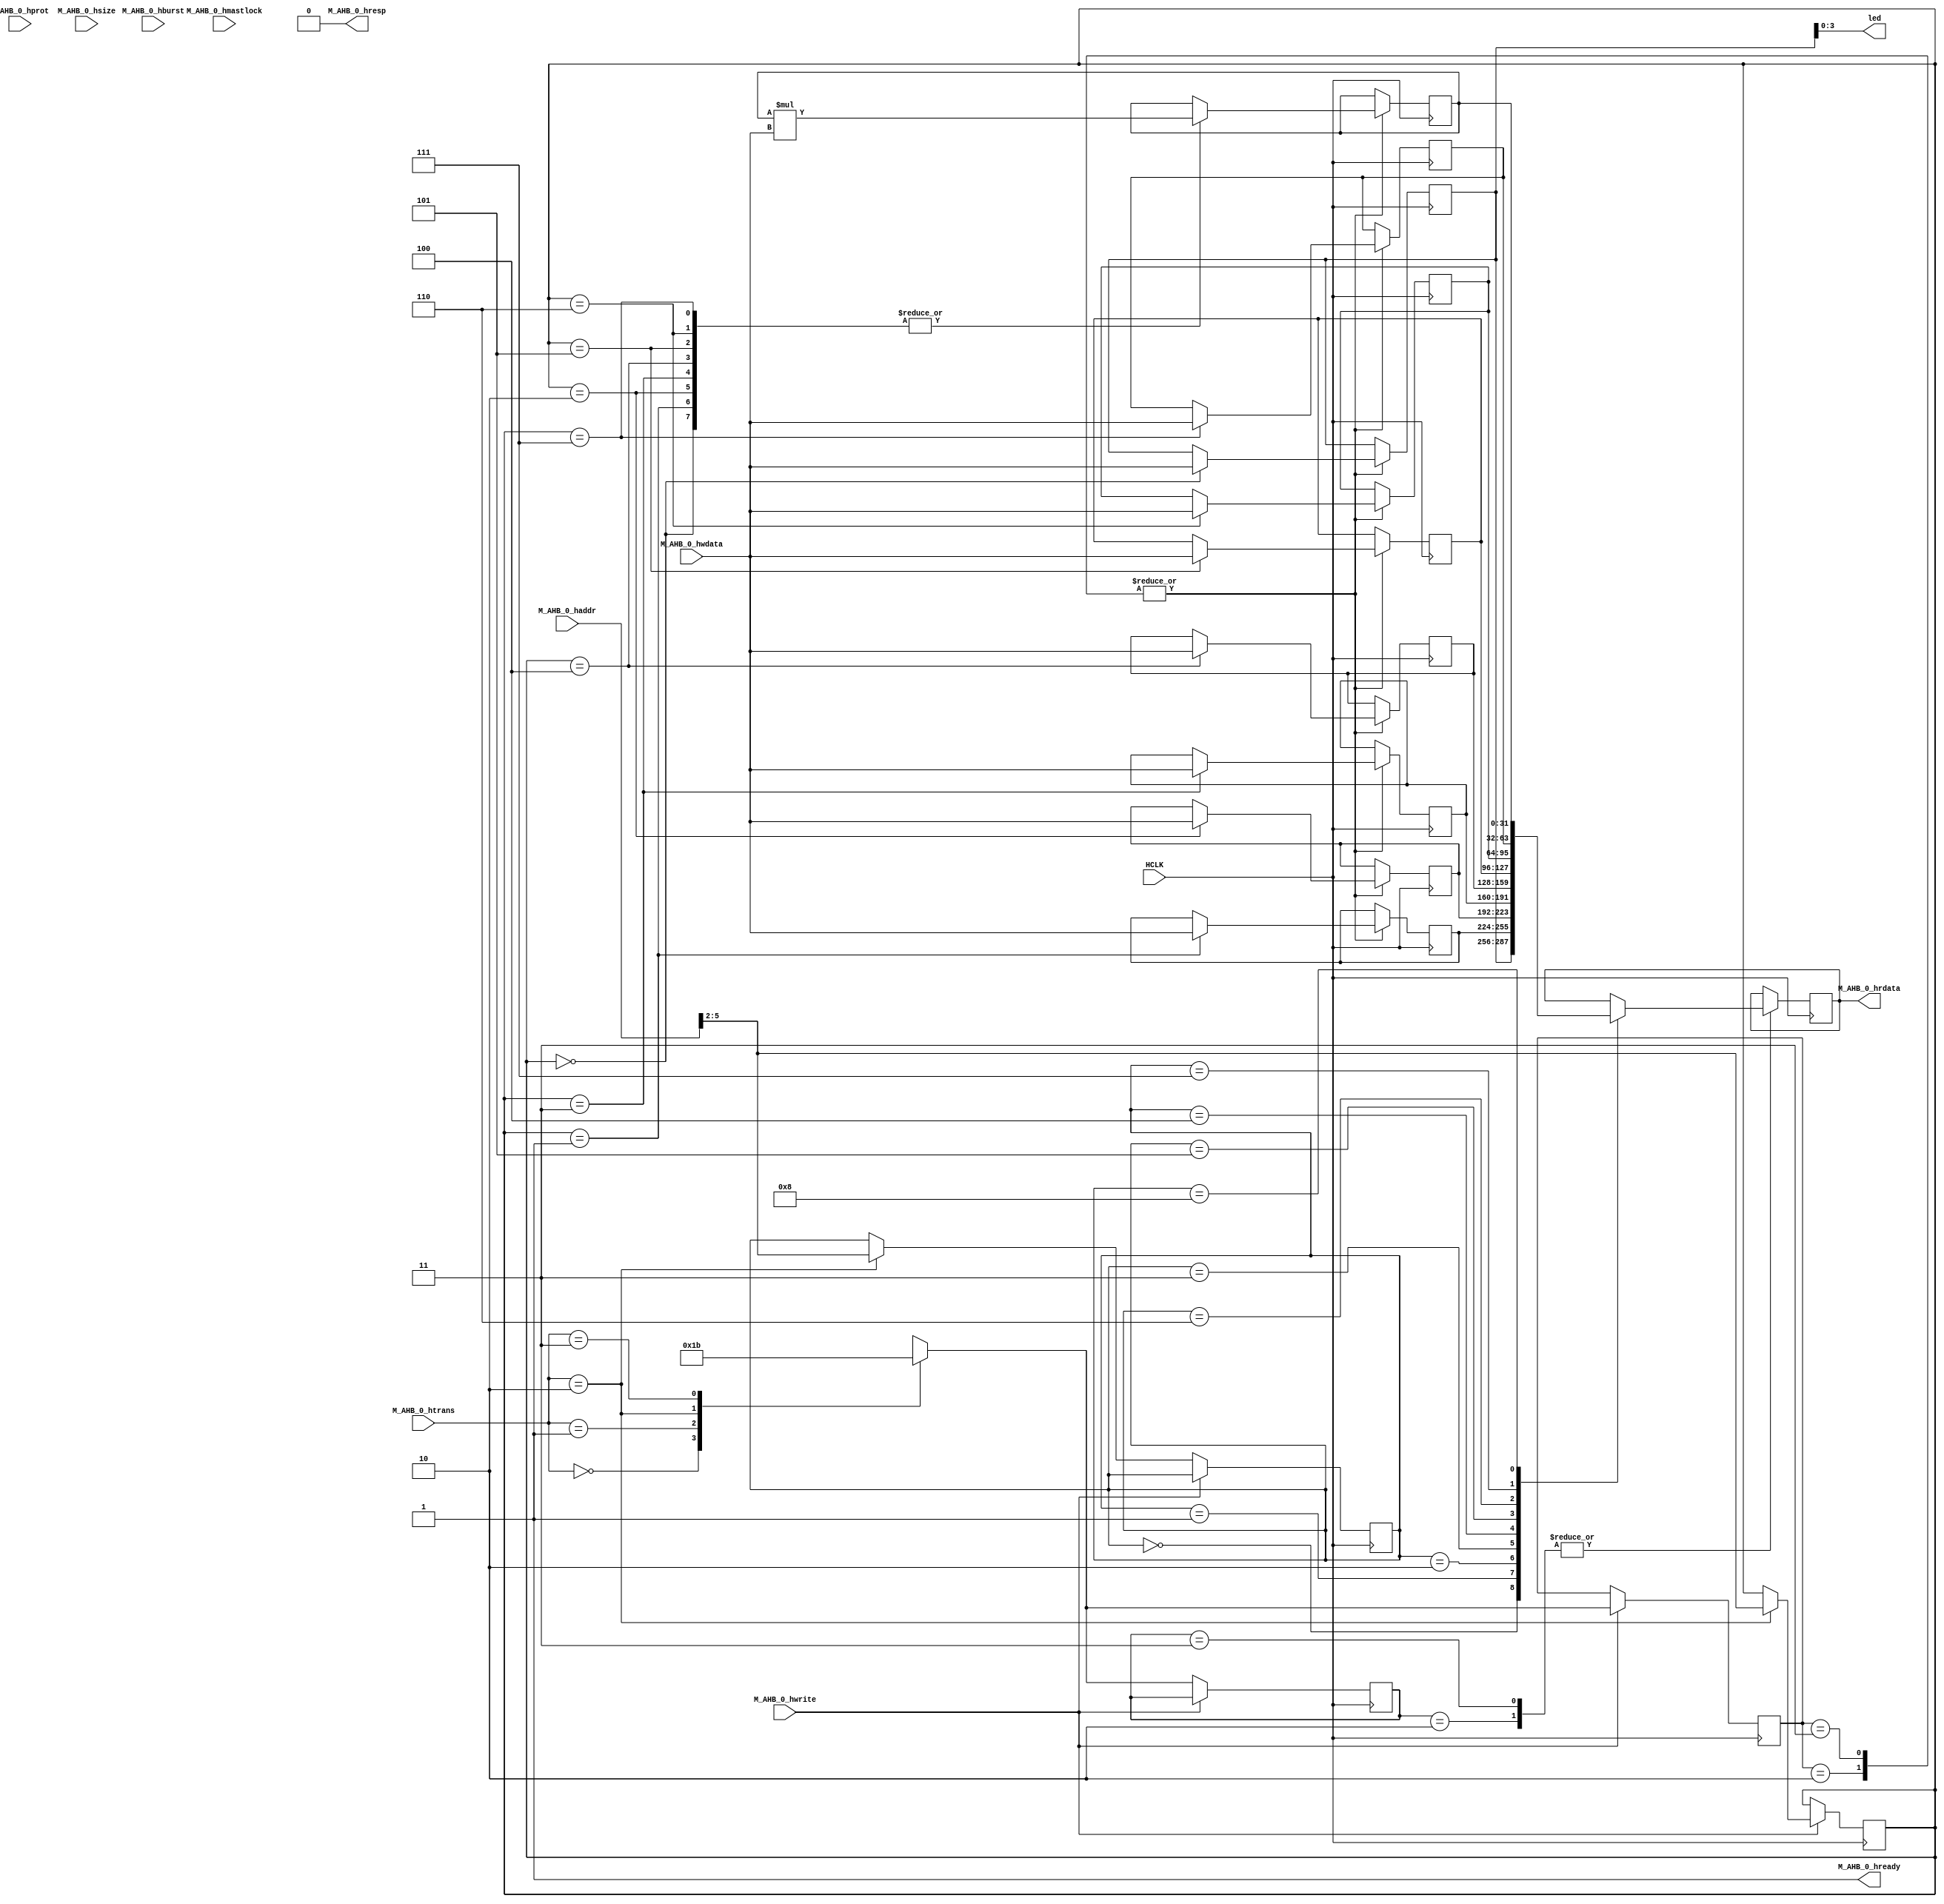
`timescale 1ns / 1ps


module AHB_Mul(  
    input HCLK,
    input [31:0]M_AHB_0_haddr,
    input [2:0]M_AHB_0_hburst,
    input M_AHB_0_hmastlock,
    input [3:0]M_AHB_0_hprot,
    output reg [31:0]M_AHB_0_hrdata,
    output M_AHB_0_hready,
    output M_AHB_0_hresp,
    input [2:0]M_AHB_0_hsize,
    input [1:0]M_AHB_0_htrans,
    input [31:0]M_AHB_0_hwdata,
    input M_AHB_0_hwrite,
    output[3:0] led 
    );
    
    // these are outputs
    assign M_AHB_0_hready = 1'b1;
    assign M_AHB_0_hresp = 1'b0;
    
    
    /// Memory register ///
    reg [31:0] mem_A;   /// addr 0
    reg [31:0] mem_B;   /// addr 1
    reg [31:0] mem_C;   /// addr 2
    reg [31:0] mem_D;   /// addr 3
    reg [31:0] mem_E;   /// addr 4
    reg [31:0] mem_F;   /// addr 5
    reg [31:0] mem_G;   /// addr 6
    reg [31:0] mem_H;   /// addr 7
    ///////////////////////
    
    //// Multiplier data /// Fill the code of multiplier data. Addresses of registers are assigned from 8.
    
    reg[31:0] mem_I = 1;  // addr 8

    ////////////////////////
    
    /// control signals /// If you want more control signals, you can use additional signals
    reg [1:0]   w_ctrl; // write control
    reg [1:0]   r_ctrl; // read control
    reg [3:0]   w_addr; // write address
    reg [3:0]   r_addr; // read address
    ///////////////////////
    
    assign led[3:0] = mem_A[3:0]; // 4 LEDS are assigned to fisrt 4 bits of mem_A
    
    
    always@(posedge HCLK)
    begin 
        if(M_AHB_0_hwrite == 1'b1)// write address phase
        begin
        case(M_AHB_0_htrans)
            2'b00 : // IDLE
            begin
                w_ctrl <= 2'b00;
            end
            2'b01 : // BUSY
            begin
                w_ctrl <= 2'b01;
            end
            2'b10 : // NONSEQ
            begin
                w_ctrl <= 2'b10;
                w_addr <= M_AHB_0_haddr[5:2];
            end
            2'b11 : // SEQ
            begin
                w_ctrl <= 2'b11;
            end
        endcase
        end
   end
    
    always@(negedge HCLK) // write data phase
    begin
    case(w_ctrl)
        2'b00: // IDLE
        begin        
        end
        2'b01: // BUSY
        begin
        end
        2'b10: // NONSEQ
        begin
        case(w_addr)
            4'h0 : mem_A <= M_AHB_0_hwdata;
            4'h1 : mem_B <= M_AHB_0_hwdata;
            4'h2 : mem_C <= M_AHB_0_hwdata;
            4'h3 : mem_D <= M_AHB_0_hwdata;
            4'h4 : mem_E <= M_AHB_0_hwdata;
            4'h5 : mem_F <= M_AHB_0_hwdata;
            4'h6 : mem_G <= M_AHB_0_hwdata;
            4'h7 : mem_H <= M_AHB_0_hwdata;
//            4'h8 : mem_I <= M_AHB_0_hwdata;
        endcase
        end
        2'b11: // SEQ
        begin
        case(w_addr)
            4'h0 : mem_A <= M_AHB_0_hwdata;
            4'h1 : mem_B <= M_AHB_0_hwdata;
            4'h2 : mem_C <= M_AHB_0_hwdata;
            4'h3 : mem_D <= M_AHB_0_hwdata;
            4'h4 : mem_E <= M_AHB_0_hwdata;
            4'h5 : mem_F <= M_AHB_0_hwdata;
            4'h6 : mem_G <= M_AHB_0_hwdata;
            4'h7 : mem_H <= M_AHB_0_hwdata;
//            4'h8 : mem_I <= M_AHB_0_hwdata;
        endcase
        end
    endcase
    end
    
    //////////////////////////////////////
    /// Fill the code of Read transfer ///
    //////////////////////////////////////    
    
    always@(posedge HCLK) begin
        if (M_AHB_0_hwrite == 1'b0) begin // read address phase
            case(M_AHB_0_htrans)
                2'b00 : r_ctrl <= 2'b00;// idle
                2'b01 : r_ctrl <= 2'b01;// BUSY
                2'b10 : 
                    begin
                        r_ctrl <= 2'b10;// NONSEQ
                        r_addr <= M_AHB_0_haddr[5:2];
                    end
                2'b11 : r_ctrl <= 2'b11;// SEQ
            endcase
        end
    end
    
    always@(negedge HCLK) begin
        case(r_ctrl) 
        2'b00 : begin end // IDLE
        2'b01 : begin end // BUSY
        2'b10 : begin // NON SEQ
            case(r_addr)
                4'h0 : M_AHB_0_hrdata <= mem_A;
                4'h1 : M_AHB_0_hrdata <= mem_B;
                4'h2 : M_AHB_0_hrdata <= mem_C;
                4'h3 : M_AHB_0_hrdata <= mem_D;
                4'h4 : M_AHB_0_hrdata <= mem_E;
                4'h5 : M_AHB_0_hrdata <= mem_F;
                4'h6 : M_AHB_0_hrdata <= mem_G;
                4'h7 : M_AHB_0_hrdata <= mem_H;
                4'h8 : M_AHB_0_hrdata <= mem_I;
            endcase
        end
        2'b11 : begin 
            case(r_addr)
                4'h0 : M_AHB_0_hrdata <= mem_A;
                4'h1 : M_AHB_0_hrdata <= mem_B;
                4'h2 : M_AHB_0_hrdata <= mem_C;
                4'h3 : M_AHB_0_hrdata <= mem_D;
                4'h4 : M_AHB_0_hrdata <= mem_E;
                4'h5 : M_AHB_0_hrdata <= mem_F;
                4'h6 : M_AHB_0_hrdata <= mem_G;
                4'h7 : M_AHB_0_hrdata <= mem_H;
                4'h8 : M_AHB_0_hrdata <= mem_I;
            endcase
        end    
        endcase
    end

    //////////////////////////////////////
    //// Fill the code of Multiplier /////
    //////////////////////////////////////
    
    always@(negedge HCLK) begin
    //finish this in 1 cycle        
        case(w_ctrl) 
        2'b00 : begin end // IDLE
        2'b01 : begin end // BUSY
        2'b10 : begin // NON SEQ
            case(w_addr)
                4'h0 : mem_I <= mem_I * M_AHB_0_hwdata;
                4'h1 : mem_I <= mem_I * M_AHB_0_hwdata;
                4'h2 : mem_I <= mem_I * M_AHB_0_hwdata;
                4'h3 : mem_I <= mem_I * M_AHB_0_hwdata;
                4'h4 : mem_I <= mem_I * M_AHB_0_hwdata;
                4'h5 : mem_I <= mem_I * M_AHB_0_hwdata;
                4'h6 : mem_I <= mem_I * M_AHB_0_hwdata;
                4'h7 : mem_I <= mem_I * M_AHB_0_hwdata;
            endcase
        end
        2'b11: begin
                case(w_addr)
                4'h0 : mem_I <= mem_I * M_AHB_0_hwdata;
                4'h1 : mem_I <= mem_I * M_AHB_0_hwdata;
                4'h2 : mem_I <= mem_I * M_AHB_0_hwdata;
                4'h3 : mem_I <= mem_I * M_AHB_0_hwdata;
                4'h4 : mem_I <= mem_I * M_AHB_0_hwdata;
                4'h5 : mem_I <= mem_I * M_AHB_0_hwdata;
                4'h6 : mem_I <= mem_I * M_AHB_0_hwdata;
                4'h7 : mem_I <= mem_I * M_AHB_0_hwdata;
            endcase
        end
        
        endcase
    end
    //////////////////////////////////////
    
endmodule